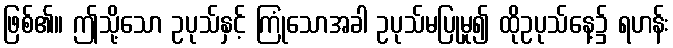
ဖြစ်၏။ ဤသို့သော ဥပုသ်နှင့် ကြုံသောအခါ ဥပုသ်မပြုမူ၍ ထိုဥပုသ်နေ့၌ ရဟန်း